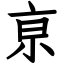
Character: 亰